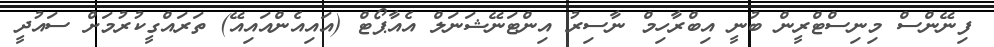
ފިނޭންސް މިނިސްޓްރީން ބުނީ އިބްރާހިމް ނާސިރު އިންޓަނޭޝަނަލް އެއާޕޯޓް (އައިއެންއައިއޭ) ތަރައްގީކުރުމަށް ސައުދީ